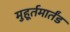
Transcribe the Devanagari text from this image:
मुहूर्तमार्तंड